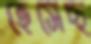
হেসেছ